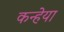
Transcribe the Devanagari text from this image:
कन्हेया